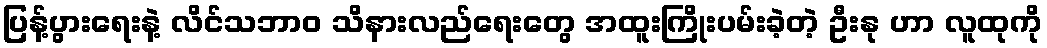
ပြန့်ပွားရေးနဲ့ လိင်သဘာဝ သိနားလည်ရေးတွေ အထူးကြိုးပမ်းခဲ့တဲ့ ဦးနု ဟာ လူထုကို